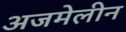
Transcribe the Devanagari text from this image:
अजमेलीन